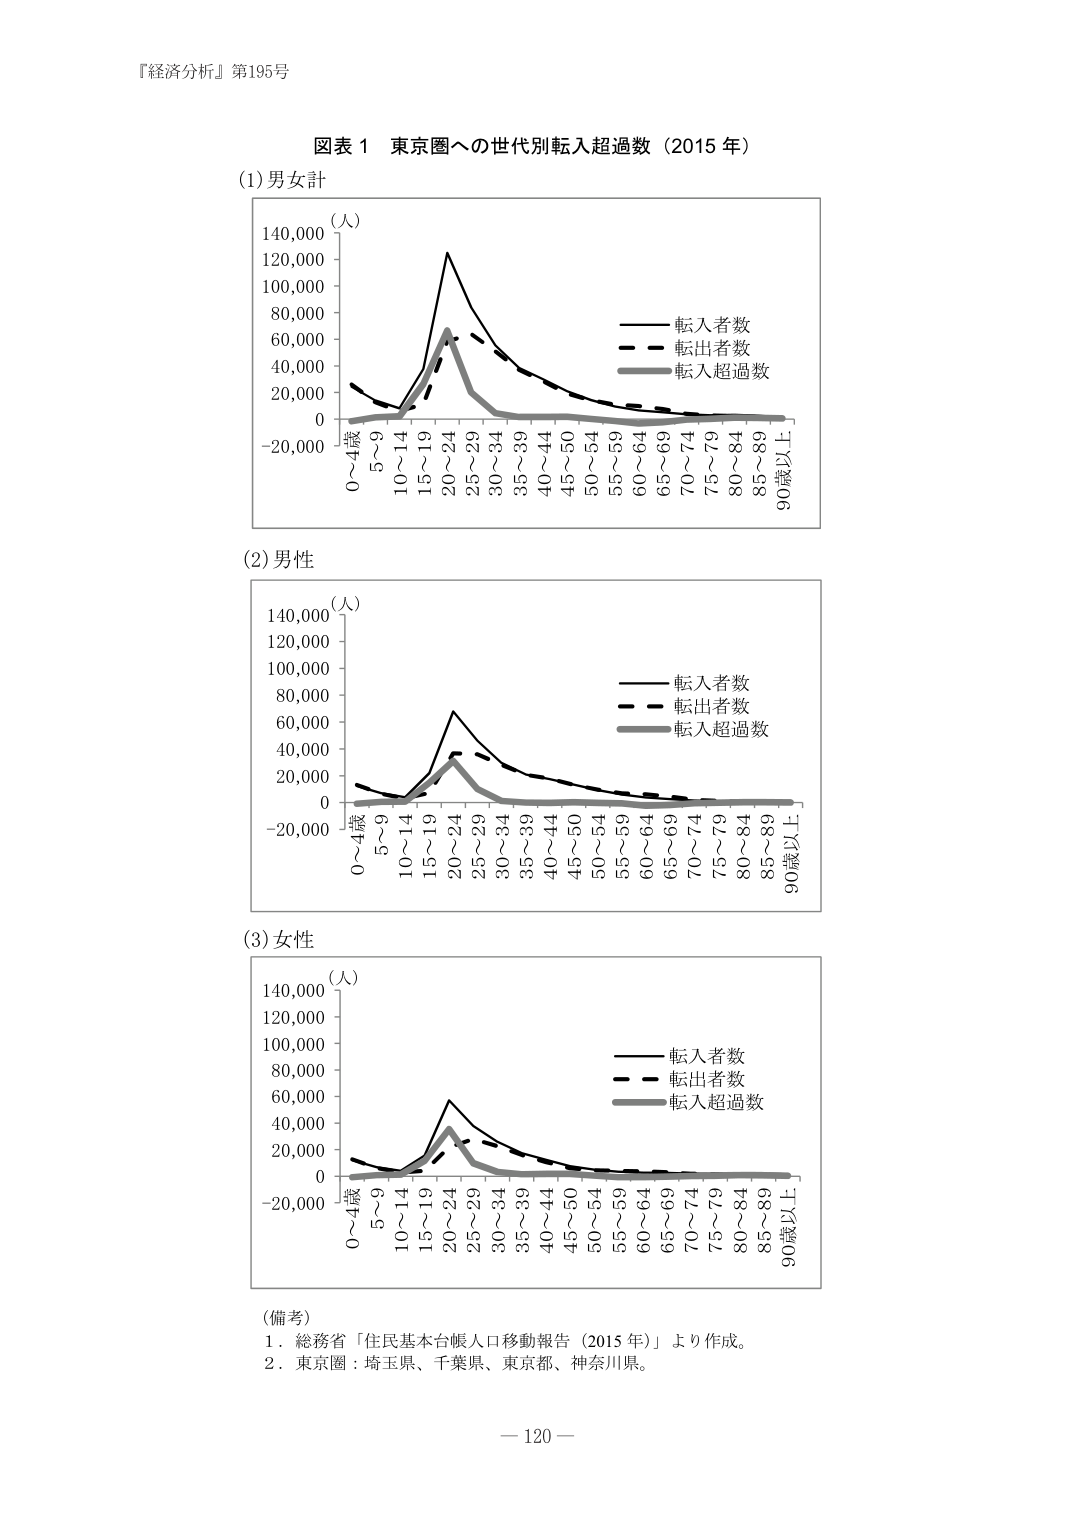
『経済分析』第195号

図表 1 東京圏への世代別転入超過数（2015 年）

(1)男女計

（人）
140,000
120,000
100,000
80,000
60,000
40,000
20,000
0
-20,000

0～4歳
5～9
10～14
15～19
20～24
25～29
30～34
35～39
40～44
45～50
50～54
55～59
60～64
65～69
70～74
75～79
80～84
85～89
90歳以上

―― 転入者数
―― 転出者数
―― 転入超過数

(2)男性

（人）
140,000
120,000
100,000
80,000
60,000
40,000
20,000
0
-20,000

0～4歳
5～9
10～14
15～19
20～24
25～29
30～34
35～39
40～44
45～50
50～54
55～59
60～64
65～69
70～74
75～79
80～84
85～89
90歳以上

―― 転入者数
―― 転出者数
―― 転入超過数

(3)女性

（人）
140,000
120,000
100,000
80,000
60,000
40,000
20,000
0
-20,000

0～4歳
5～9
10～14
15～19
20～24
25～29
30～34
35～39
40～44
45～50
50～54
55～59
60～64
65～69
70～74
75～79
80～84
85～89
90歳以上

―― 転入者数
―― 転出者数
―― 転入超過数

（備考）
1．総務省「住民基本台帳人口移動報告（2015 年）」より作成。
2．東京圏：埼玉県、千葉県、東京都、神奈川県。

－120－